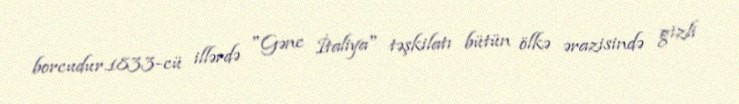
borcudur.1833-cü illərdə "Gənc İtaliya" təşkilatı bütün ölkə ərazisində gizli